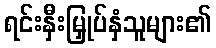
ရင်းနှီးမြှုပ်နှံသူများ၏